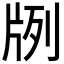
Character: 𤖺